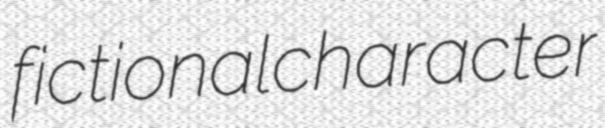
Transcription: fictional character